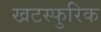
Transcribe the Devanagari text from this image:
खटस्फुरिक